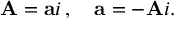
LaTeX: \mathbf { A } = \mathbf { a } i \, , \quad \mathbf { a } = - \mathbf { A } i .